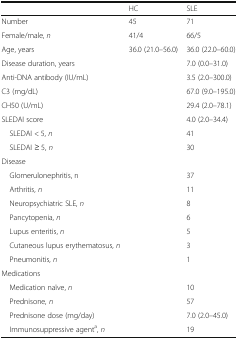
<table><thead><tr><td></td><td><b>HC</b></td><td><b>SLE</b></td></tr></thead><tbody><tr><td>Number</td><td>45</td><td>71</td></tr><tr><td>Female/male, <i>n</i></td><td>41/4</td><td>66/5</td></tr><tr><td>Age, years</td><td>36.0 (21.0–56.0)</td><td>36.0 (22.0–60.0)</td></tr><tr><td>Disease duration, years</td><td></td><td>7.0 (0.0–31.0)</td></tr><tr><td>Anti-DNA antibody (IU/mL)</td><td></td><td>3.5 (2.0–300.0)</td></tr><tr><td>C3 (mg/dL)</td><td></td><td>67.0 (9.0–195.0)</td></tr><tr><td>CH50 (U/mL)</td><td></td><td>29.4 (2.0–78.1)</td></tr><tr><td>SLEDAI score</td><td></td><td>4.0 (2.0–34.4)</td></tr><tr><td> SLEDAI &lt; 5, <i>n</i></td><td></td><td>41</td></tr><tr><td> SLEDAI ≥ 5, <i>n</i></td><td></td><td>30</td></tr><tr><td colspan="3">Disease</td></tr><tr><td> Glomerulonephritis, n</td><td></td><td>37</td></tr><tr><td> Arthritis, <i>n</i></td><td></td><td>11</td></tr><tr><td> Neuropsychiatric SLE, <i>n</i></td><td></td><td>8</td></tr><tr><td> Pancytopenia, <i>n</i></td><td></td><td>6</td></tr><tr><td> Lupus enteritis, <i>n</i></td><td></td><td>5</td></tr><tr><td> Cutaneous lupus erythematosus, <i>n</i></td><td></td><td>3</td></tr><tr><td> Pneumonitis, <i>n</i></td><td></td><td>1</td></tr><tr><td colspan="3">Medications</td></tr><tr><td> Medication naïve, <i>n</i></td><td></td><td>10</td></tr><tr><td> Prednisone, <i>n</i></td><td></td><td>57</td></tr><tr><td> Prednisone dose (mg/day)</td><td></td><td>7.0 (2.0–45.0)</td></tr><tr><td> Immunosuppressive agent<sup>a</sup>, <i>n</i></td><td></td><td>19</td></tr></tbody></table>